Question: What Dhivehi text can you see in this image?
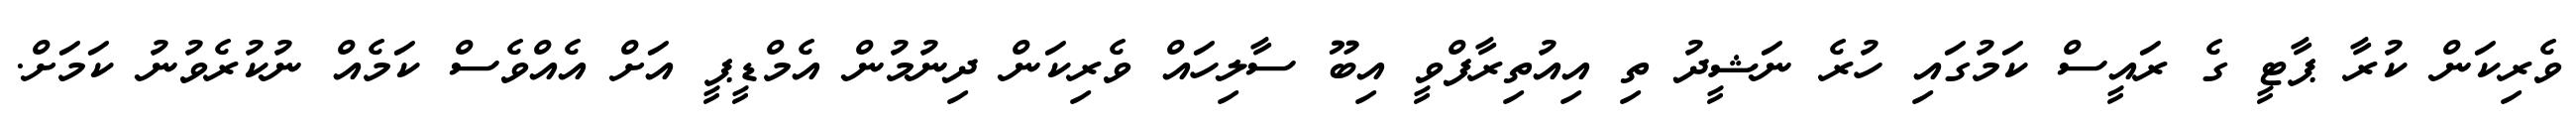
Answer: ވެރިކަން ކުރާ ޕާޓީ ގެ ރައީސް ކަމުގައި ހުރެ ނަޝީދު ތި އިއުތިރާފްވީ އިބޫ ސާލިހައް ވެރިކަން ދިނުމުން އެމްޑީޕީ އަށް އެއްވެސް ކަމެއް ނުކުރެވުނު ކަމަށް.